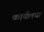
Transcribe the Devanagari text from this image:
कार्यलया